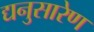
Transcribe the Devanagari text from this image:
द्यनुसारेण